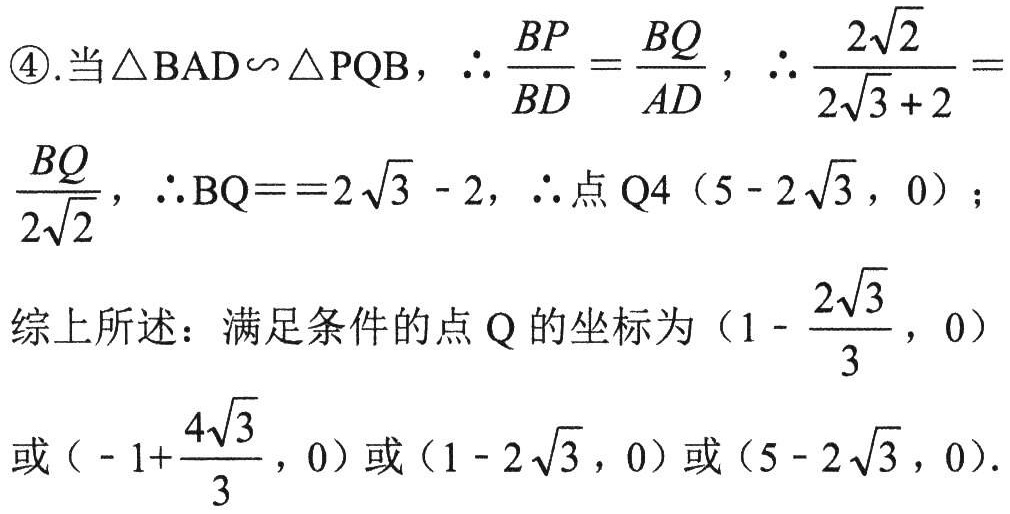
\begin{enumerate}
\item 当$\triangle BAD\backsim\triangle PQB$，$\therefore\frac{BP}{BD}=\frac{BQ}{AD}$，$\therefore\frac{2\sqrt{2}}{2\sqrt{3} + 2}=\frac{BQ}{2\sqrt{2}}$，$\therefore BQ = 2\sqrt{3}-2$，$\therefore$点$Q4(5 - 2\sqrt{3},0)$；
\end{enumerate}
综上所述：满足条件的点$Q$的坐标为$(1-\frac{2\sqrt{3}}{3},0)$或$(-1+\frac{4\sqrt{3}}{3},0)$或$(1 - 2\sqrt{3},0)$或$(5 - 2\sqrt{3},0)$.